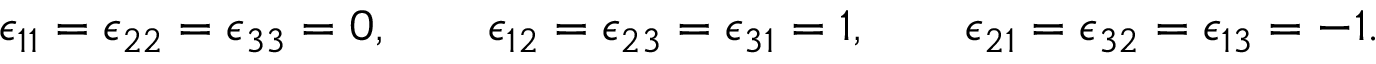
\epsilon _ { 1 1 } = \epsilon _ { 2 2 } = \epsilon _ { 3 3 } = 0 , \qquad \epsilon _ { 1 2 } = \epsilon _ { 2 3 } = \epsilon _ { 3 1 } = 1 , \qquad \epsilon _ { 2 1 } = \epsilon _ { 3 2 } = \epsilon _ { 1 3 } = - 1 .